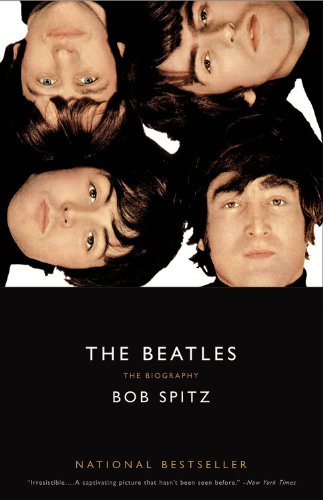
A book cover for The Beatles: The Biography; Bob Spitz; Humor & Entertainment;